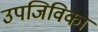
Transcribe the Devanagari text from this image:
उपजिविका